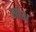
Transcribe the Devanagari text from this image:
सांश